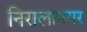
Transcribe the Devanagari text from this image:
निरालानगर